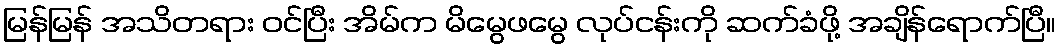
မြန်မြန် အသိတရား ဝင်ပြီး အိမ်က မိမွေဖမွေ လုပ်ငန်းကို ဆက်ခံဖို့ အချိန်ရောက်ပြီ။